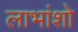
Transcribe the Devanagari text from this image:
लाभांशो